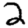
Digit: 2